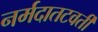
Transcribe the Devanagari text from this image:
नर्मदातटवर्ती